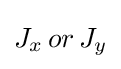
J_{x}\,or\,J_{y}